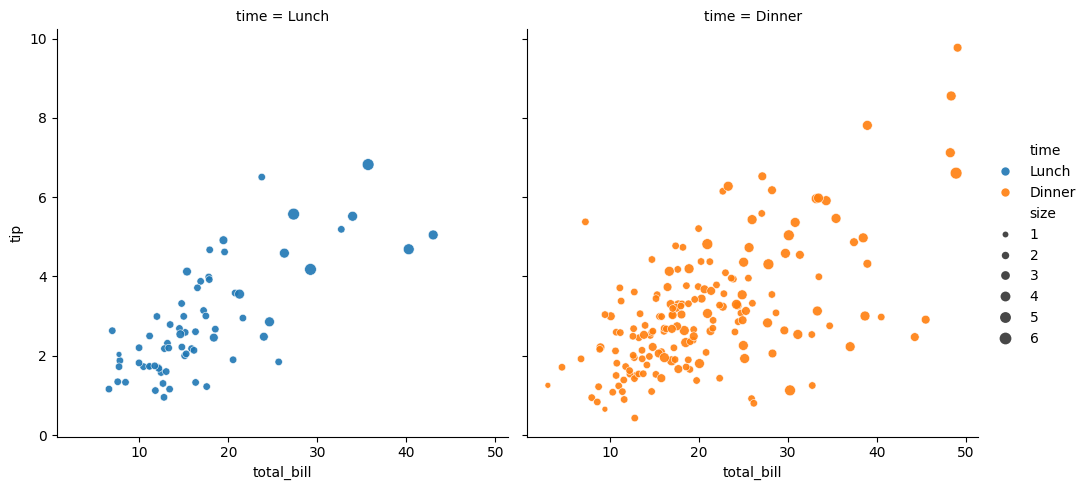
python, seaborn, relplot, alpha=0.9